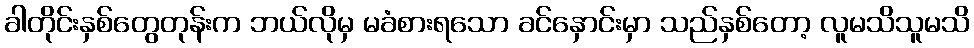
ခါတိုင်းနှစ်တွေတုန်းက ဘယ်လိုမှ မခံစားရသော ခင်နှောင်းမှာ သည်နှစ်တော့ လူမသိသူမသိ